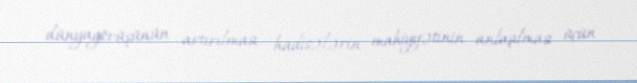
dünyagörüşünün artırılması, hadisələrin mahiyyətinin anlaşılması üçün